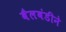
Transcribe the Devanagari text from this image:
बैलबंडीने